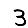
Digit: 3